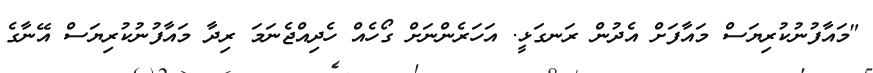
"މައާފުނުކުރިޔަސް މައާފަށް އެދުން ރަނގަޅީ. އަހަރެންނަށް ގޯހެއް ހެދިއްޖެނަމަ ރިދާ މައާފުނުކުރިޔަސް އޭނާގެ